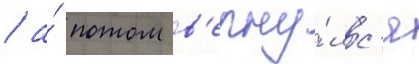
/ а́ потом в'ерну́лс'я